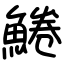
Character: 䱧